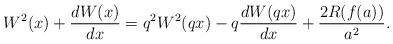
LaTeX: \begin{align*}W^2(x)+\frac{dW(x)}{dx}=q^2W^2(qx)-q\frac{dW(qx)}{dx}+\frac{2R(f(a))}{a^2} .\end{align*}